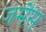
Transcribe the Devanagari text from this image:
जमैस